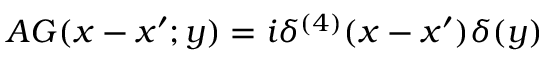
A { \cal G } ( x - x ^ { \prime } ; y ) = i \delta ^ { ( 4 ) } ( x - x ^ { \prime } ) \delta ( y )